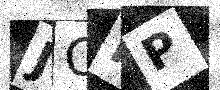
Text: JCPP